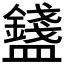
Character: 𥃒